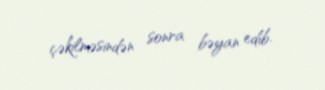
çəkilməsindən sonra bəyan edib.